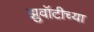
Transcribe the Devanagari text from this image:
झुवॉटीच्या